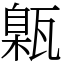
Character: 甈